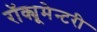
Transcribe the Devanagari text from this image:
रॉक्यूमेन्टरी